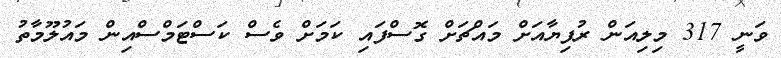
ވަނީ 317 މިލިއަން ރުފިޔާއަށް މައްޗަށް ގޮސްފައި ކަމަށް ވެސް ކަސްޓަމްސްއިން މައުލޫމާތު